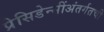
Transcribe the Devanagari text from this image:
प्रेसिडेन्सींअंतर्गतची